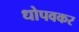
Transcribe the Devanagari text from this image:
धोपवकर